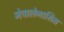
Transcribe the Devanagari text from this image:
नेपालेनासिस